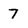
Character: 7